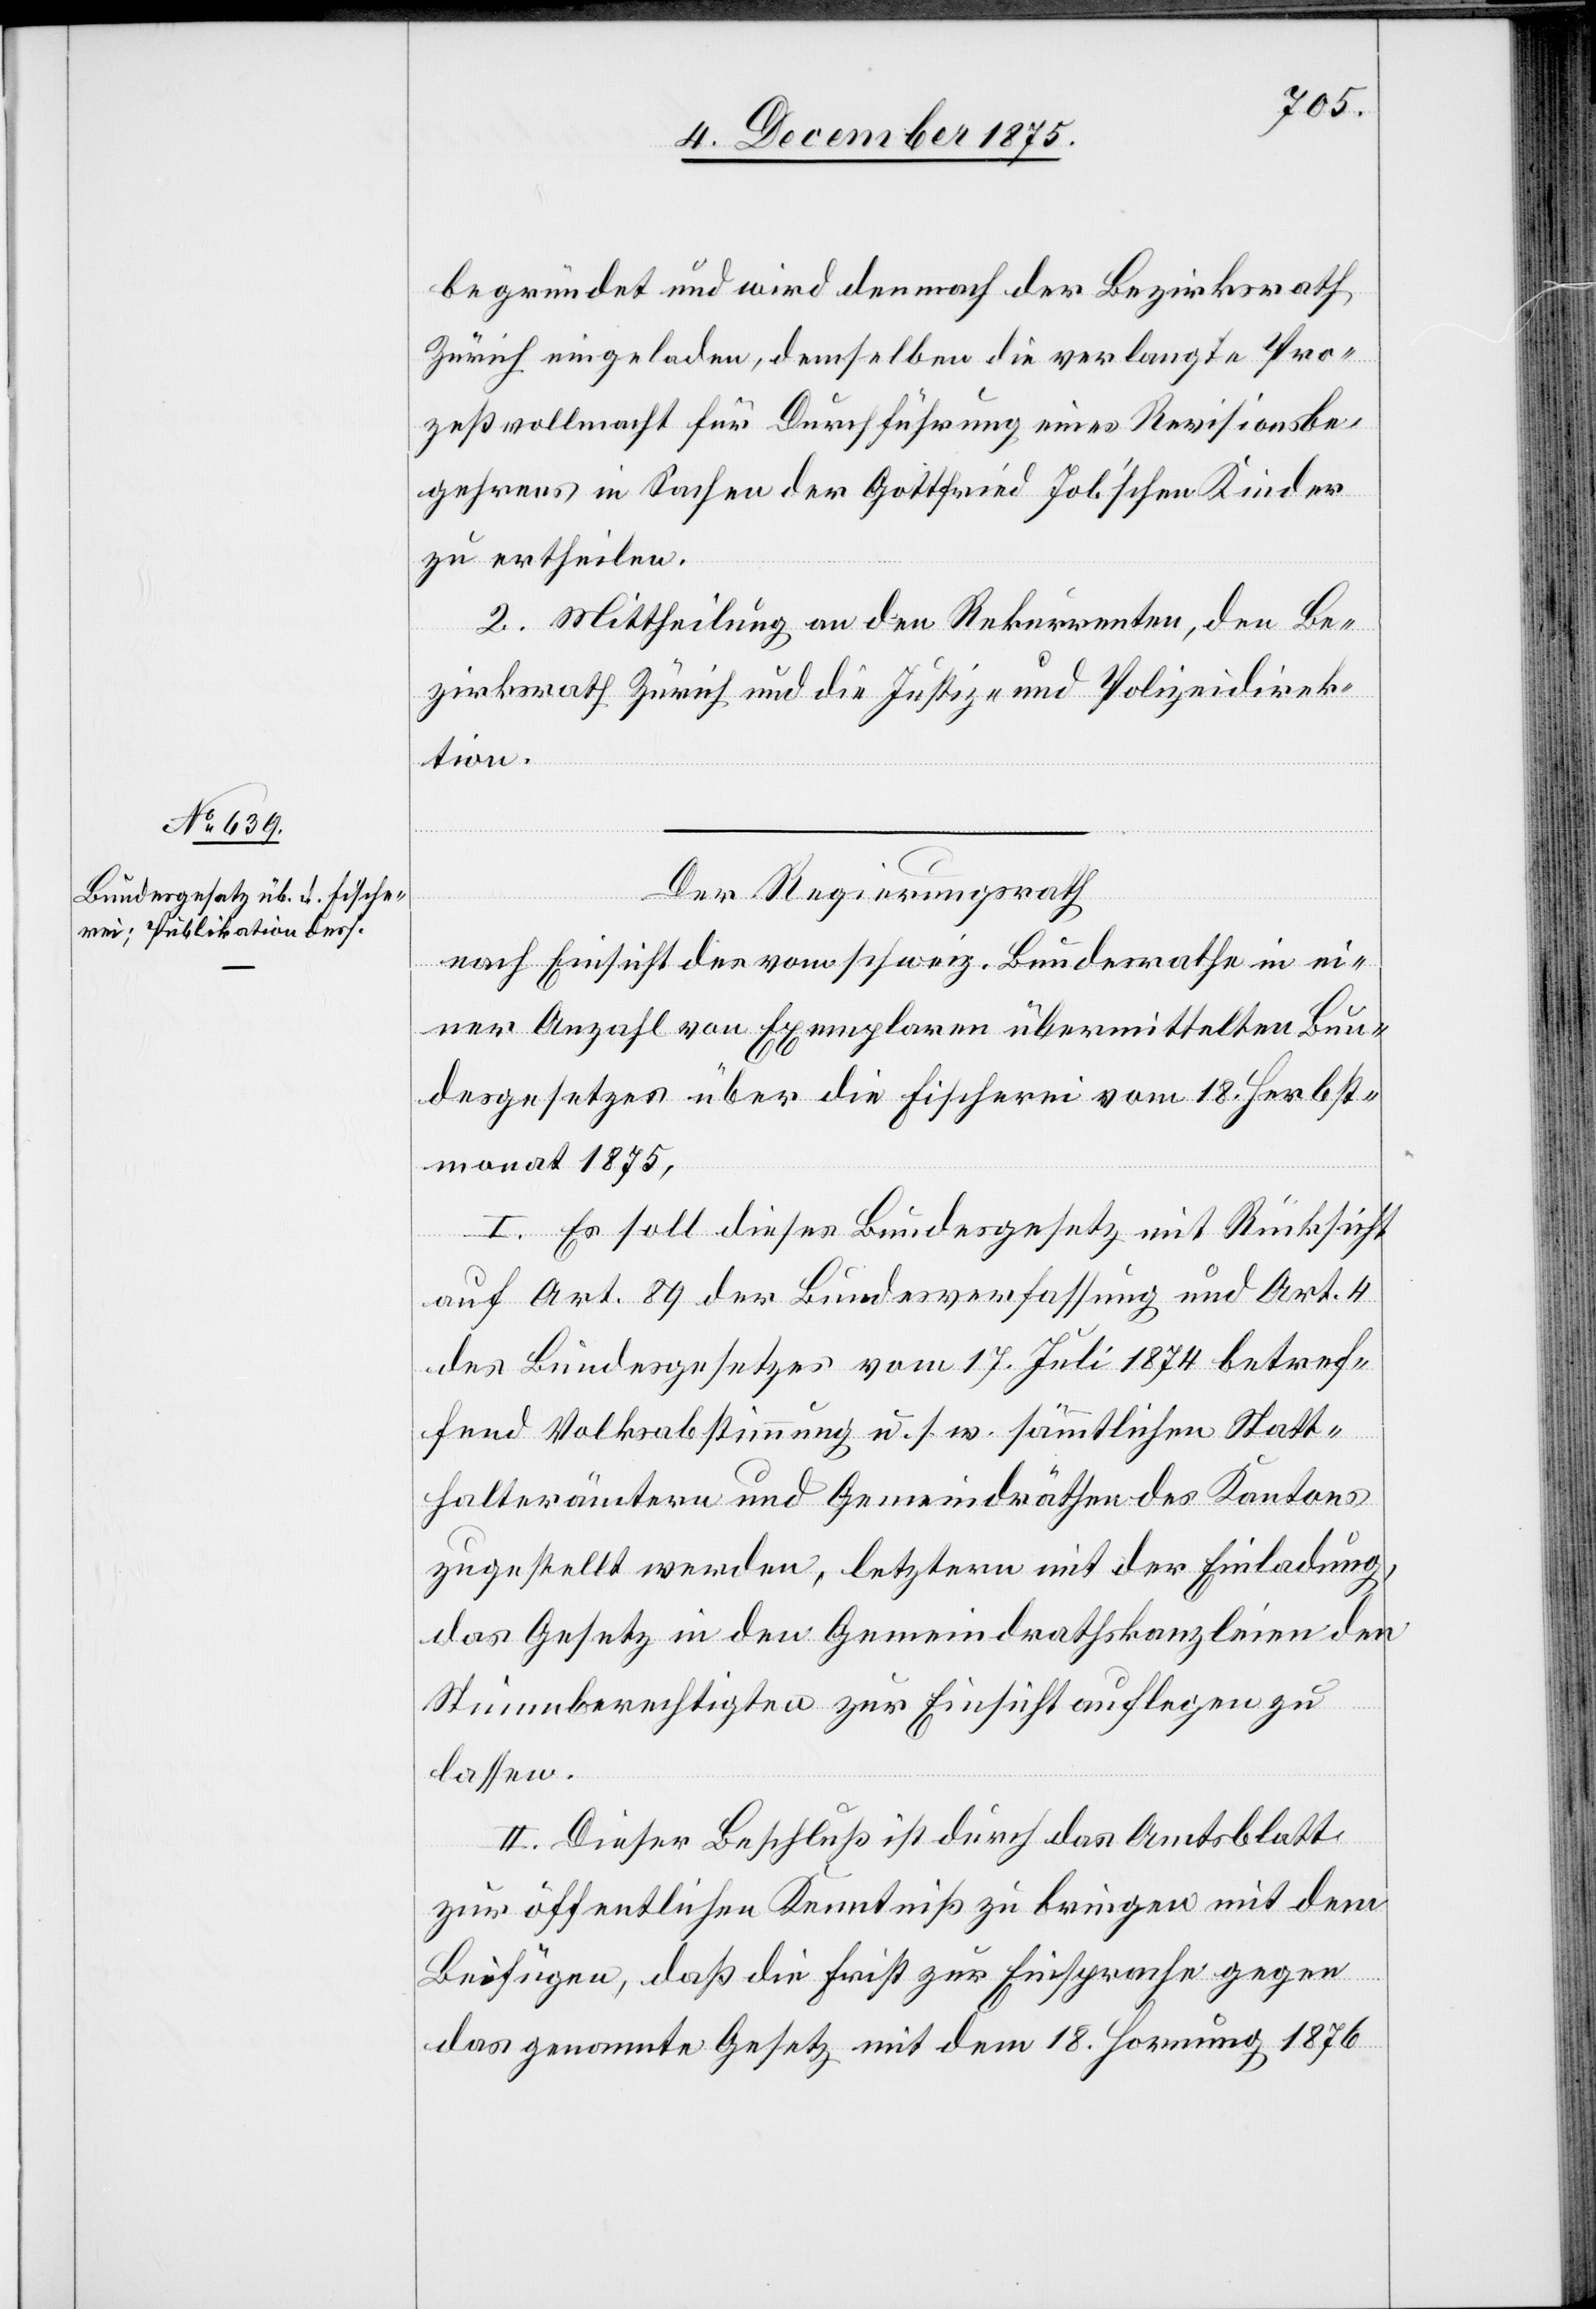
begründet und wird demnach der Bezirksrath
zeßvollmacht für Durchführung eines Revisionsbe¬
gehrens in Sachen der Gottfried Job’schen Kinder
zu ertheilen.
2. Mittheilung an den Rekurrenten, den Be¬
zirksrath Zürich und die Justiz- und Polizeidirek¬
tion.
Der Regierungsrath
nach Einsicht des vom schweiz. Bundesrathe in ei¬
ner Anzahl von Exemplaren übermittelten Bun¬
desgesetzes über die Fischerei vom 18. Herbst¬
monat 1875,
I. Es soll dieses Bundesgesetz mit Rücksicht
Pro¬
auf Art. 89 der Bundesverfassung und Art. 4
des Bundesgesetzes vom 17. Juli 1874 betref¬
fend Volksabstimmung u. s. w. sämmtlichen Statt¬
halterämtern und Gemeindräthen des Kantons
zugestellt werden, letztern mit der Einladung,
das Gesetz in den Gemeindrathskanzleien den
Stimmberechtigten zur Einsicht auflegen zu
lassen.
II. Dieser Beschluß ist durch das Amtsblatt
zur öffentlichen Kenntniß zu bringen mit dem
Beifügen, daß die Frist zur Einsprache gegen
das genannte Gesetz mit dem 18. Hornung 1876